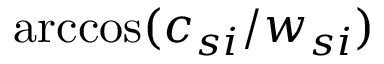
\operatorname { a r c c o s } ( c _ { s i } / { w _ { s i } } )